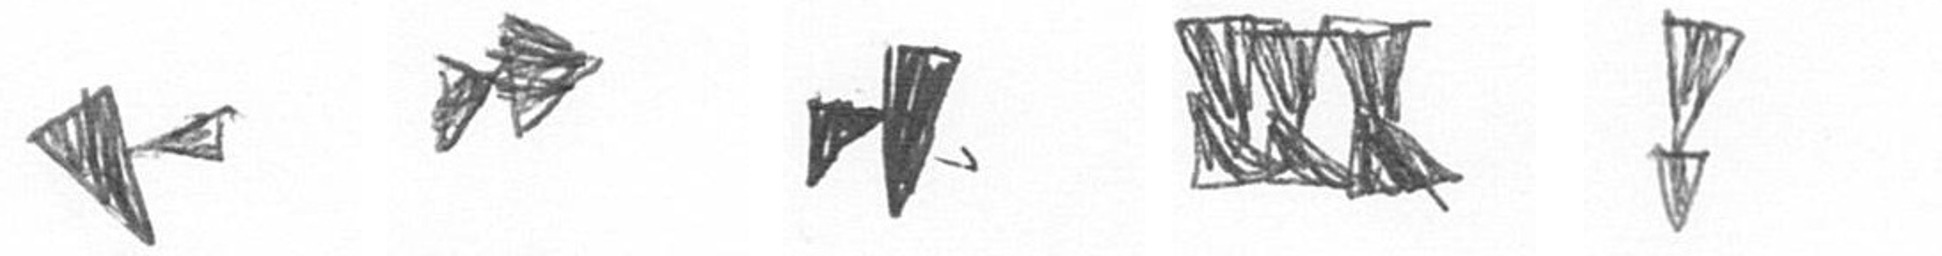
F A M D Z